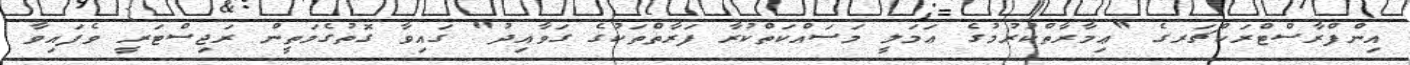
އިންފްރާސްޓްރަކްޗަރގެ "ޢިމާރާތްކުރުމުގެ ޢަމަލީ މަސައްކަތްކުރާ ފަރާތްތަކުގެ ގަވާއިދު" ގައިވާ ގޮތުގެމަތީން ރަޖިސްޓަރީ ވެފައިވާ